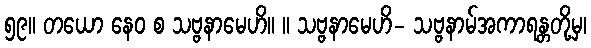
၅၉။ တယော နေဝ စ သဗ္ဗနာမေဟိ။ ။ သဗ္ဗနာမေဟိ- သဗ္ဗနာမ်အကာရန္တတို့မှ၊